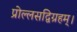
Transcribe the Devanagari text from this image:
प्रोल्लसद्विग्रहम्।